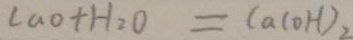
C a O + H _ { 2 } O = C a ( O H ) _ { 2 }